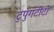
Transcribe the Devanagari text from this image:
टुपुंगटीटो